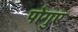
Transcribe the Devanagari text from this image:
पोगुए